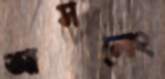
আসলোং